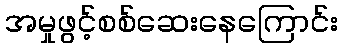
အမှုဖွင့်စစ်ဆေးနေကြောင်း